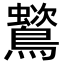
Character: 𪅵